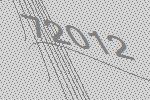
72012